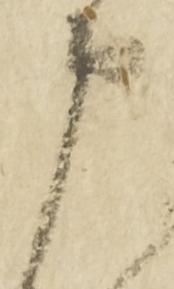
申